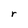
Character: r